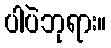
ပါပဲဘုရား။